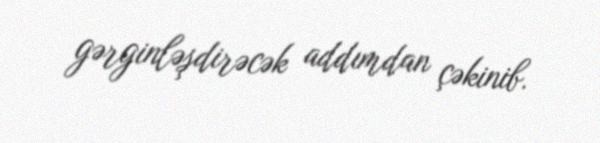
gərginləşdirəcək addımdan çəkinib.